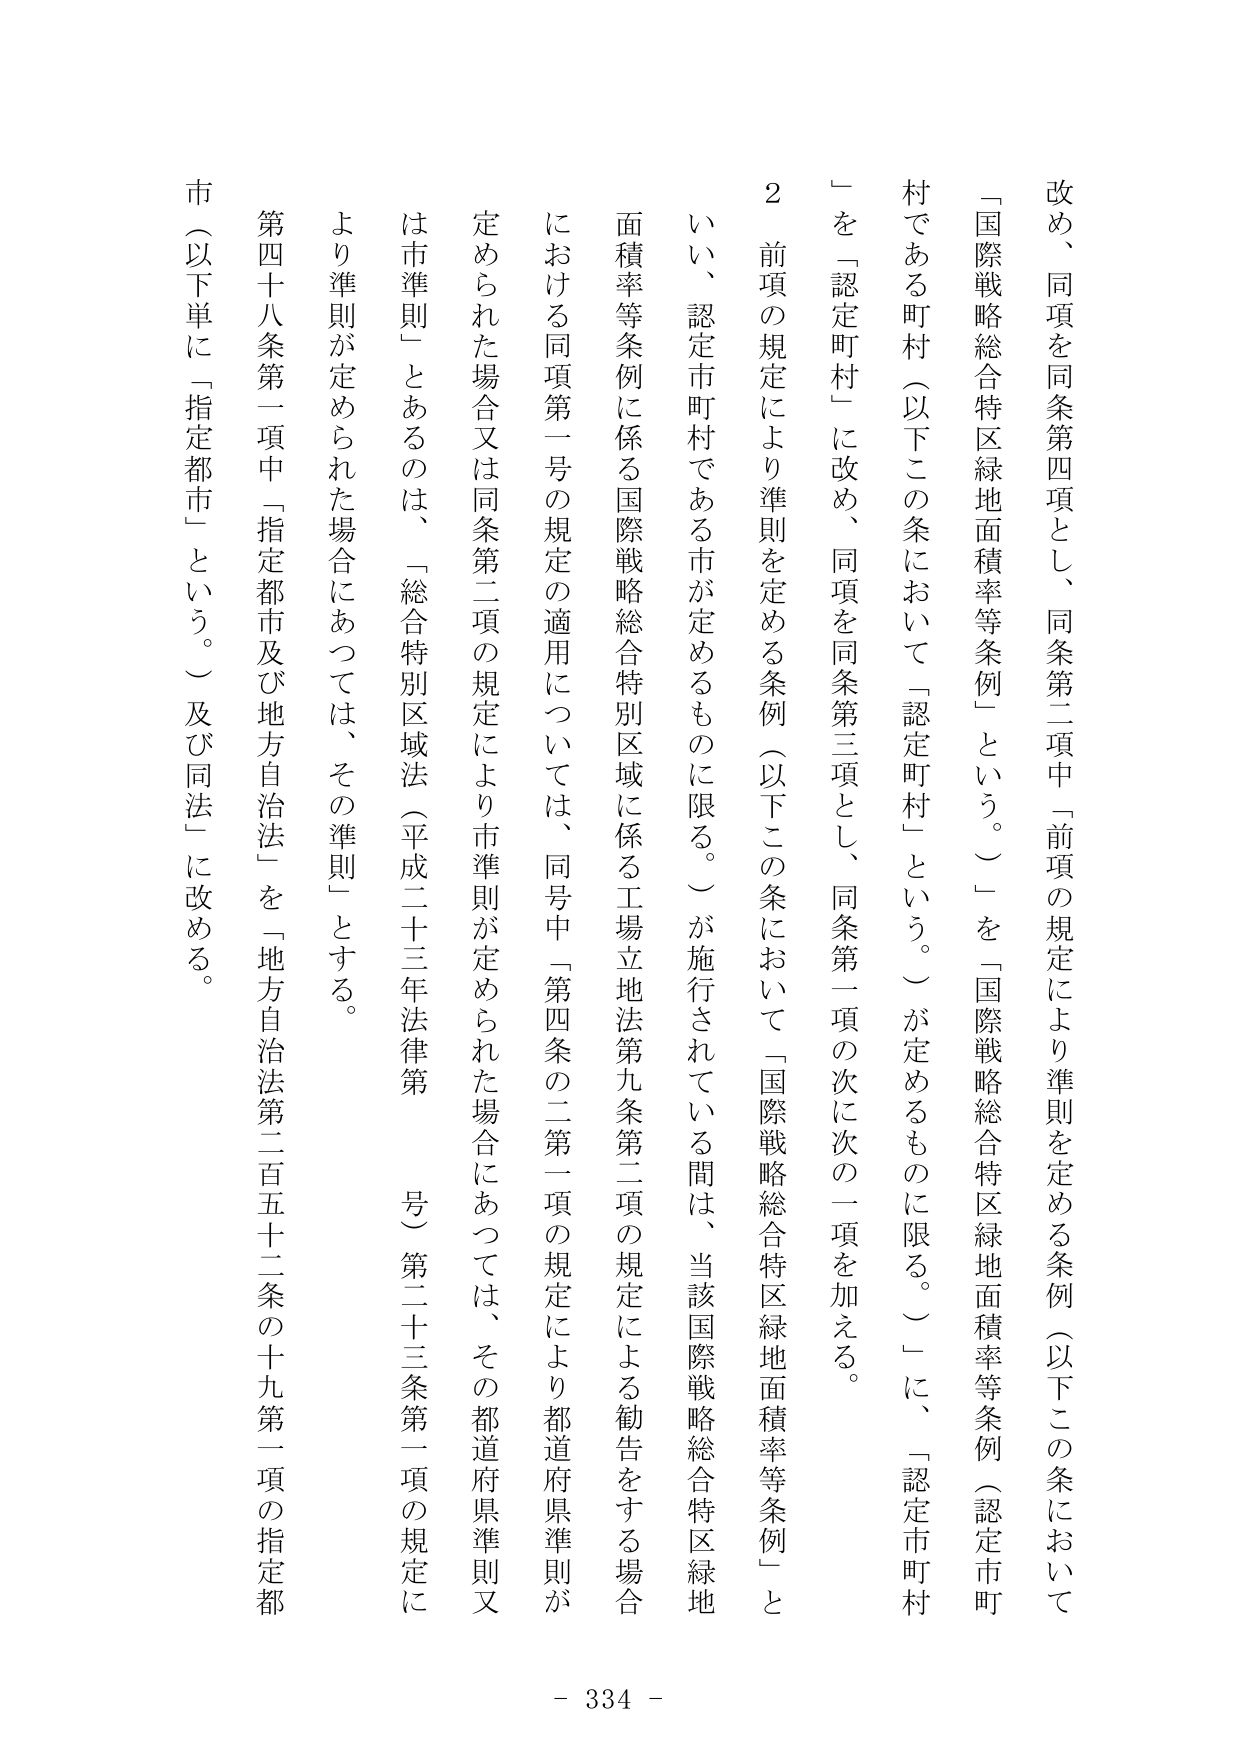
改め、同項を同条第四項とし、同条第二項中「前項の規定により準則を定める条例（以下この条において
「国際戦略総合特区緑地面積率等条例」という。）」を「国際戦略総合特区緑地面積率等条例（認定市町
村である町村（以下この条において「認定町村」という。）が定めるものに限る。）」に、「認定市町村
」を「認定町村」に改め、同項を同条第三項とし、同条第一項の次に次の一項を加える。
２　前項の規定により準則を定める条例（以下この条において「国際戦略総合特区緑地面積率等条例」と
いい、認定市町村である市が定めるものに限る。）が施行されている間は、当該国際戦略総合特区緑地
面積率等条例に係る国際戦略総合特別区域に係る工場立地法第九条第二項の規定による勧告をする場合
における同項第一号の規定の適用については、同号中「第四条の二第一項の規定により都道府県準則が
定められた場合又は同条第二項の規定により市準則が定められた場合にあっては、その都道府県準則又
は市準則」とあるのは、「総合特別区域法（平成二十三年法律第　号）第二十三条第一項の規定に
より準則が定められた場合にあっては、その準則」とする。
第四十八条第一項中「指定都市及び地方自治法」を「地方自治法第二百五十二条の十九第一項の指定都
市（以下単に「指定都市」という。）及び同法」に改める。
- 334 -